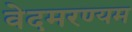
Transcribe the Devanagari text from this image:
वेदमरण्यम